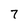
Character: 7